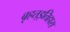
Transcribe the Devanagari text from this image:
बृहत्इतिहास